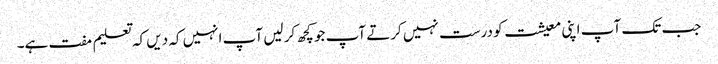
جب تک آپ اپنی معیشت کو درست نہیں کرتے آپ جو کچھ کر لیں آپ انہیں کہ دیں کہ تعلیم مفت ہے۔